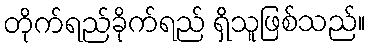
တိုက်ရည်ခိုက်ရည် ရှိသူဖြစ်သည်။